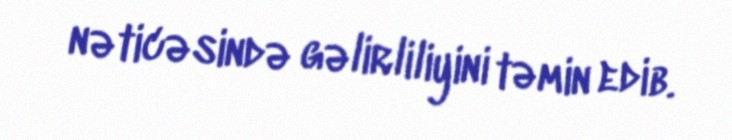
nəticəsində gəlirliliyini təmin edib.